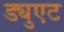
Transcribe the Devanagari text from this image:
ड्युएट